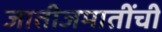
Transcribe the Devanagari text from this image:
जातीजमातींची